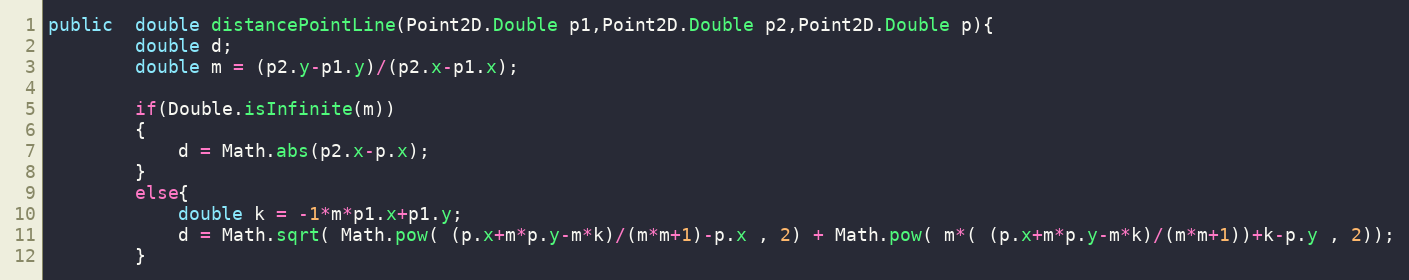
Language: Java
public  double distancePointLine(Point2D.Double p1,Point2D.Double p2,Point2D.Double p){
		double d;
		double m = (p2.y-p1.y)/(p2.x-p1.x);

		if(Double.isInfinite(m))
		{
			d = Math.abs(p2.x-p.x);
		}
		else{
			double k = -1*m*p1.x+p1.y;
			d = Math.sqrt( Math.pow( (p.x+m*p.y-m*k)/(m*m+1)-p.x , 2) + Math.pow( m*( (p.x+m*p.y-m*k)/(m*m+1))+k-p.y , 2));
		}